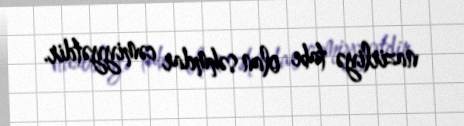
nazirliyə tabe olan səhmdar cəmiyyətdir.